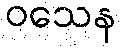
ဝသေန